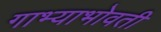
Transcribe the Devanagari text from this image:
गाभ्याभोवती